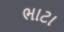
ભાટા